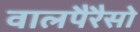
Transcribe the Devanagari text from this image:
वालपैरैसो